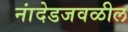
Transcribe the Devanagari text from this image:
नांदेडजवळील